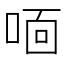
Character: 𫪓